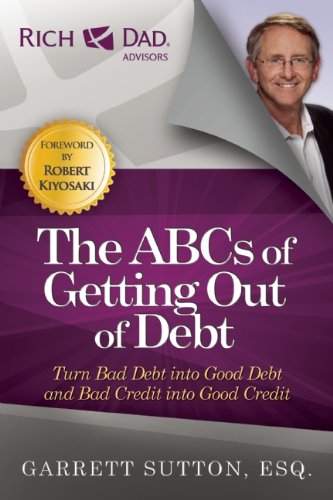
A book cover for The ABCs of Getting Out of Debt: Turn Bad Debt into Good Debt and Bad Credit into Good Credit; Garrett Sutton; Business & Money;